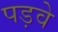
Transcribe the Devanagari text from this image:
पड़वे